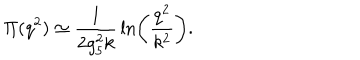
\Pi ( q ^ { 2 } ) \simeq { \frac { 1 } { 2 g _ { 5 } ^ { 2 } k } } \ln \left( { \frac { q ^ { 2 } } { k ^ { 2 } } } \right) .